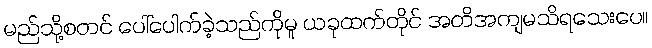
မည်သို့စတင် ပေါ်ပေါက်ခဲ့သည်ကိုမူ ယခုထက်တိုင် အတိအကျမသိရသေးပေ။